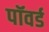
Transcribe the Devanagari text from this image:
पॉवर्ड